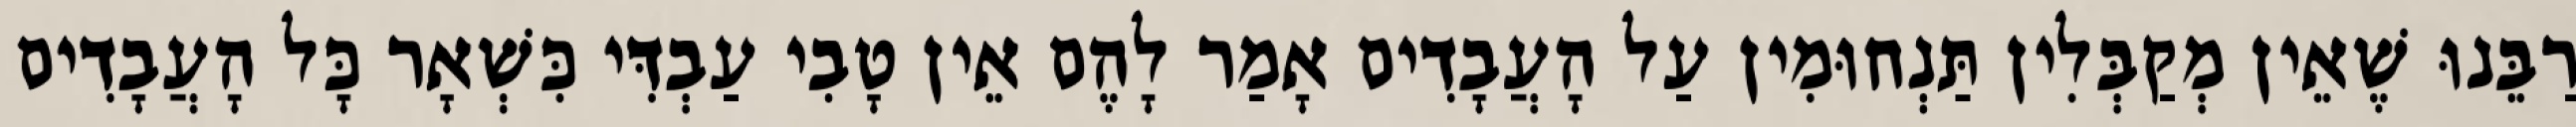
רַבֵּנוּ שֶׁאֵין מְקַבְּלִין תַּנְחוּמִין עַל הָעֲבָדִים אָמַר לָהֶם אֵין טָבִי עַבְדִּי כִּשְׁאָר כָּל הָעֲבָדִים